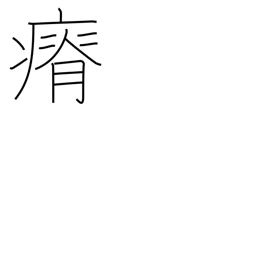
Meaning: lose weight